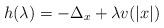
LaTeX: \begin{align*}h(\lambda) = -\Delta_x + \lambda v(|x|) \end{align*}